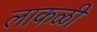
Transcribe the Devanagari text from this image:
लाकळी